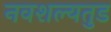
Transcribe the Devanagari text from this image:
नवशल्यतुड